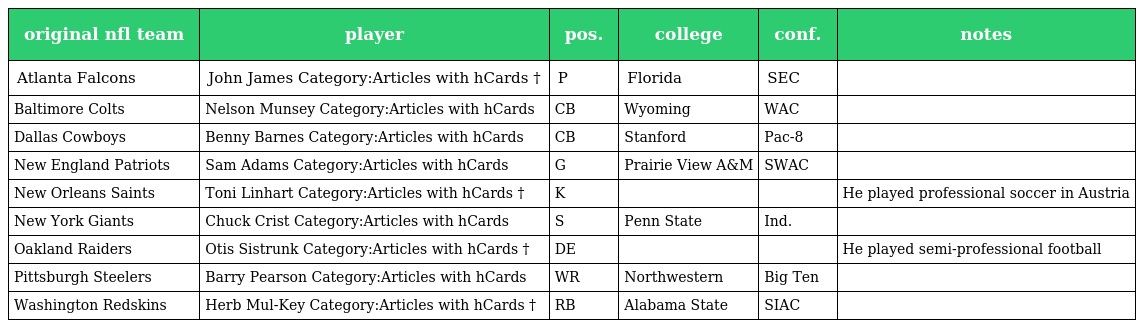
| original nfl team | player | pos. | college | conf. | notes |
 | --- | --- | --- | --- | --- | --- |
 | Atlanta Falcons | John James Category:Articles with hCards † | P | Florida | SEC |  |
 | Baltimore Colts | Nelson Munsey Category:Articles with hCards | CB | Wyoming | WAC |  |
 | Dallas Cowboys | Benny Barnes Category:Articles with hCards | CB | Stanford | Pac-8 |  |
 | New England Patriots | Sam Adams Category:Articles with hCards | G | Prairie View A&M | SWAC |  |
 | New Orleans Saints | Toni Linhart Category:Articles with hCards † | K |  |  | He played professional soccer in Austria |
 | New York Giants | Chuck Crist Category:Articles with hCards | S | Penn State | Ind. |  |
 | Oakland Raiders | Otis Sistrunk Category:Articles with hCards † | DE |  |  | He played semi-professional football |
 | Pittsburgh Steelers | Barry Pearson Category:Articles with hCards | WR | Northwestern | Big Ten |  |
 | Washington Redskins | Herb Mul-Key Category:Articles with hCards † | RB | Alabama State | SIAC |  |